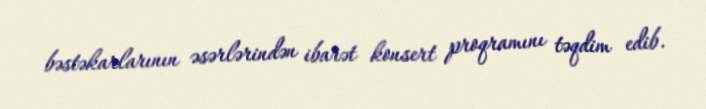
bəstəkarlarının əsərlərindən ibarət konsert proqramını təqdim edib.